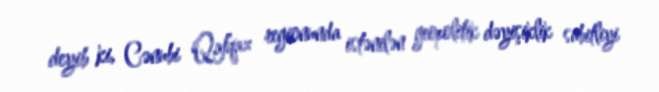
deyib ki, Cənubi Qafqaz regionunda istənilən geopolitik dəyişiklik sabitliyi